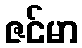
ဇင်မာ